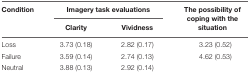
<table><thead><tr><td><b>Condition</b></td><td colspan="2"><b>Imagery task evaluations</b></td><td rowspan="2"><b>The possibility of coping with the situation</b></td></tr><tr><td></td><td><b>Clarity</b></td><td><b>Vividness</b></td></tr></thead><tbody><tr><td>Loss</td><td>3.73 (0.18)</td><td>2.82 (0.17)</td><td>3.23 (0.52)</td></tr><tr><td>Failure</td><td>3.59 (0.14)</td><td>2.74 (0.13)</td><td>4.62 (0.53)</td></tr><tr><td>Neutral</td><td>3.88 (0.13)</td><td>2.92 (0.14)</td><td></td></tr></tbody></table>